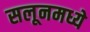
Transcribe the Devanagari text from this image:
सलूनमध्ये